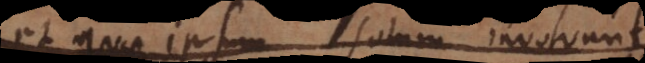
et quae ipsum solum invol